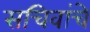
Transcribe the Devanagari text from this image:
सचिवांचे